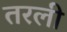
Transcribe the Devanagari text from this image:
तरली